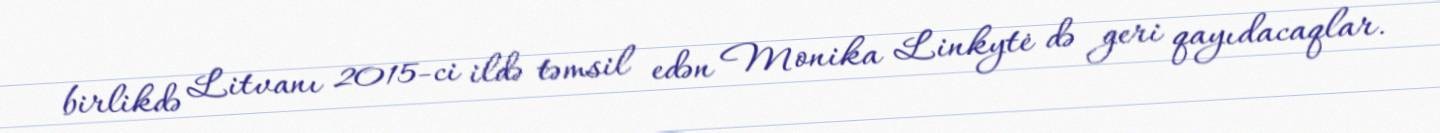
birlikdə Litvanı 2015-ci ildə təmsil edən Monika Linkytė də geri qayıdacaqlar.